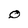
Character: O